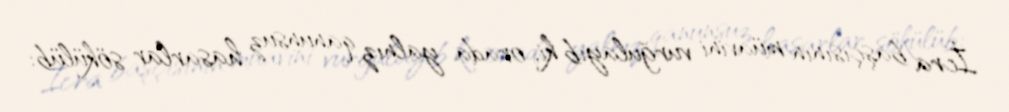
İcra başçısının müavini vurğulayıb ki, orada yalnız qanunsuz hasarlar sökülüb: